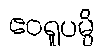
ဧဝရူပမ္ပိ